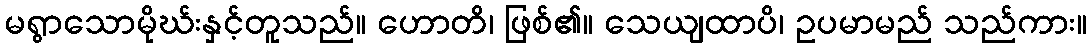
မရွာသောမိုဃ်းနှင့်တူသည်။ ဟောတိ၊ ဖြစ်၏။ သေယျထာပိ၊ ဥပမာမည် သည်ကား။